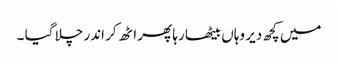
میں کچھ دیر وہاں بیٹھا رہا پھر اٹھ کر اندر چلا گیا ۔